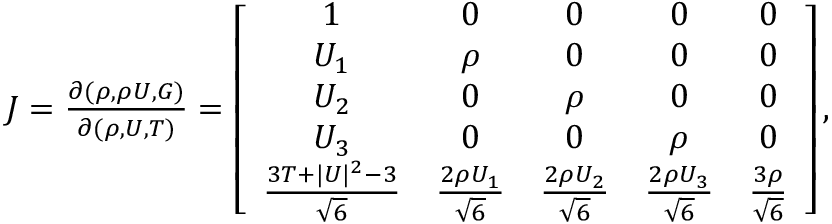
\begin{array} { r } { J = \frac { \partial ( \rho , \rho U , G ) } { \partial ( \rho , U , T ) } = \left[ { \begin{array} { c c c c c c } { 1 } & { 0 } & { 0 } & { 0 } & { 0 } \\ { U _ { 1 } } & { \rho } & { 0 } & { 0 } & { 0 } \\ { U _ { 2 } } & { 0 } & { \rho } & { 0 } & { 0 } \\ { U _ { 3 } } & { 0 } & { 0 } & { \rho } & { 0 } \\ { \frac { 3 T + | U | ^ { 2 } - 3 } { \sqrt { 6 } } } & { \frac { 2 \rho U _ { 1 } } { \sqrt { 6 } } } & { \frac { 2 \rho U _ { 2 } } { \sqrt { 6 } } } & { \frac { 2 \rho U _ { 3 } } { \sqrt { 6 } } } & { \frac { 3 \rho } { \sqrt { 6 } } } \end{array} } \right] , } \end{array}